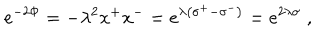
e ^ { - 2 \Phi } = - \lambda ^ { 2 } x ^ { + } x ^ { - } = e ^ { \lambda \left( \sigma ^ { + } - \sigma ^ { - } \right) } = e ^ { 2 \lambda \sigma } \; ,